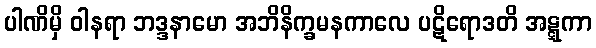
ပါဏိမှိ ဝါနရာ ဘဒ္ဒနာမော အဘိနိက္ခမနကာလေ ပဋိရောဒတိ အဋ္ဋကာ